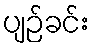
ပျဉ်ခင်း